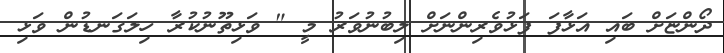
ދޯންޏަށް ބައި އަޅާފަ ފަޅުވެރިންނަށް ލިބުނުވަރު މީ " ވަޅިތޫނުކުރާ ހިލަގަނޑުން ވަޅި